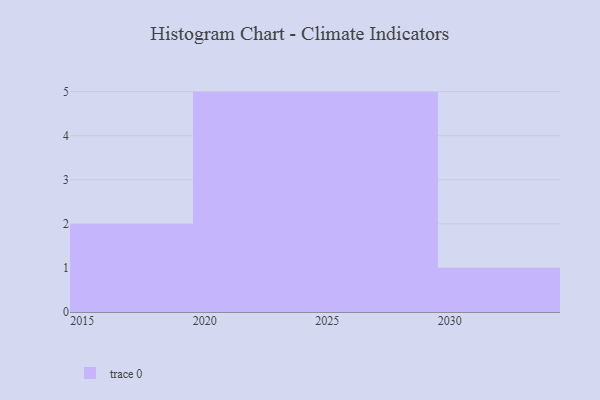
{"axis": {"x": "Year", "y": "Customer Acquisition Cost (USD)"}, "legend": [""], "data": [{"x": "2021", "y": 29, "type": ""}, {"x": "2029", "y": 71, "type": ""}, {"x": "2024", "y": 27, "type": ""}, {"x": "2026", "y": 11, "type": ""}, {"x": "2023", "y": 44, "type": ""}, {"x": "2027", "y": 65, "type": ""}, {"x": "2022", "y": 21, "type": ""}, {"x": "2025", "y": 86, "type": ""}, {"x": "2019", "y": 56, "type": ""}, {"x": "2020", "y": 8, "type": ""}, {"x": "2030", "y": 67, "type": ""}, {"x": "2028", "y": 75, "type": ""}, {"x": "2015", "y": 85, "type": ""}]}